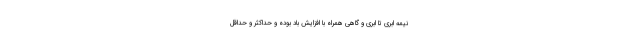
‌ نیمه ابری تا ابری و گاهی همراه با افزایش باد بوده و حداکثر و حداقل